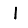
Digit: 1